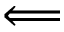
\Longleftarrow